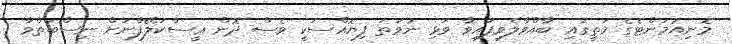
މޮނިއުމަންޓެގެ މަތީގައި ބާއްވާލެވިފައިވާ ވަޅި ނުވަތަ ފިޔޮއްސަކީ ވެސް ދޮން ޢީސާކަލޭފާނަށް ނިސްބަތްވާ